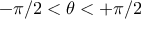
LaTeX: - \pi / 2 < \theta < + \pi / 2